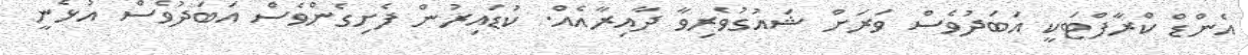
އެންޑް ކްރާފްޓަކީ އަބަދުވެސް ވަރަށް ޝައުގުވެރިވާ ދާއިރާއެއް. ކުޑައިރުން ފެށިގެންވެސް އަބަދުވެސް އުޅެނީ